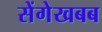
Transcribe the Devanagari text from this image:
सेंगेखबब